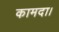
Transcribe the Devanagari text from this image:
कामदा।